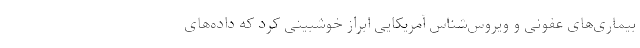
بیماری‌های عفونی و ویروس‌شناس آمریکایی ابراز خوشبینی کرد که داده‌های